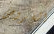
القروض